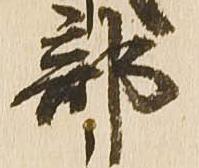
部